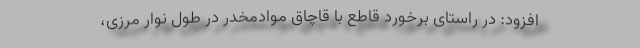
افزود: در راستای برخورد قاطع با قاچاق موادمخدر در طول نوار مرزی،